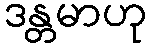
ဒန္တမာဟု